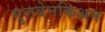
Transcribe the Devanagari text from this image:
गुलबेनकिअन